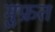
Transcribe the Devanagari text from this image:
मुफ्रत